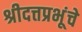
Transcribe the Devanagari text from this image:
श्रीदत्तप्रभूंचे